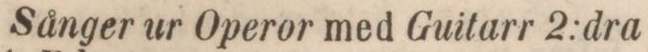
Sånger ur Operor med Guitarr 2:dra